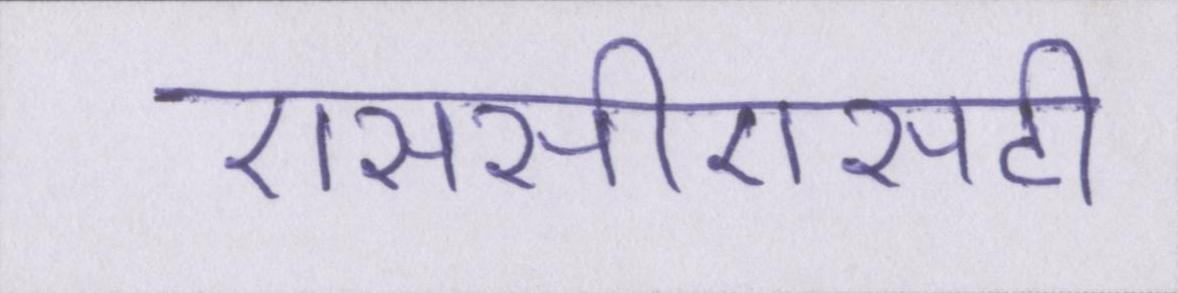
एससीएसटी